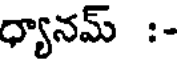
ధ్యానమ్ :-